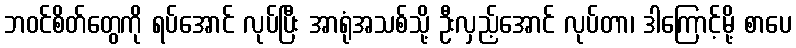
ဘဝင်စိတ်တွေကို ရပ်အောင် လုပ်ပြီး အာရုံအသစ်သို့ ဦးလှည့်အောင် လုပ်တာ၊ ဒါကြောင့်မို့ စာပေ